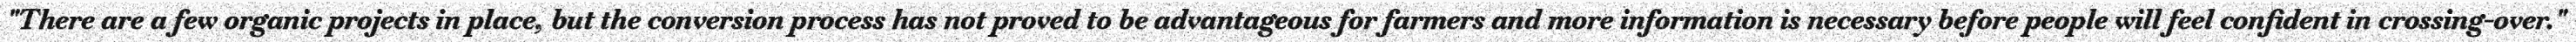
"There are a few organic projects in place, but the conversion process has not proved to be advantageous for farmers and more information is necessary before people will feel confident in crossing-over."